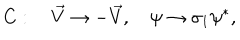
C : \quad \vec { V } \to - \vec { V } , \quad \psi \to \sigma _ { 1 } \psi ^ { * } ,